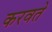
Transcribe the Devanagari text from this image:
करवते